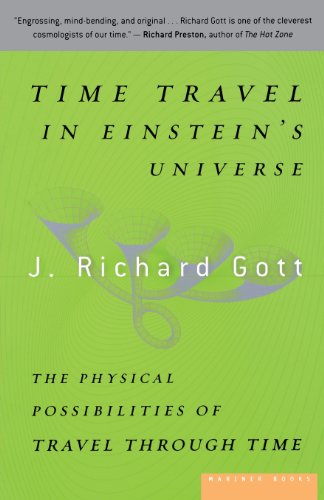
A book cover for Time Travel in Einstein's Universe: The Physical Possibilities of Travel Through Time; J. Richard Gott; Science & Math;